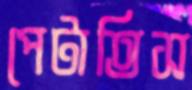
পেটাতিস